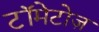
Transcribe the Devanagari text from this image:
टॉमेटोज़